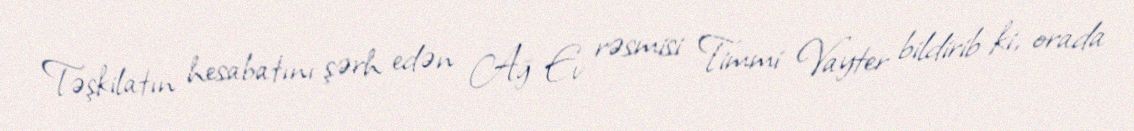
Təşkilatın hesabatını şərh edən Ağ Ev rəsmisi Timmi Vayter bildirib ki, orada